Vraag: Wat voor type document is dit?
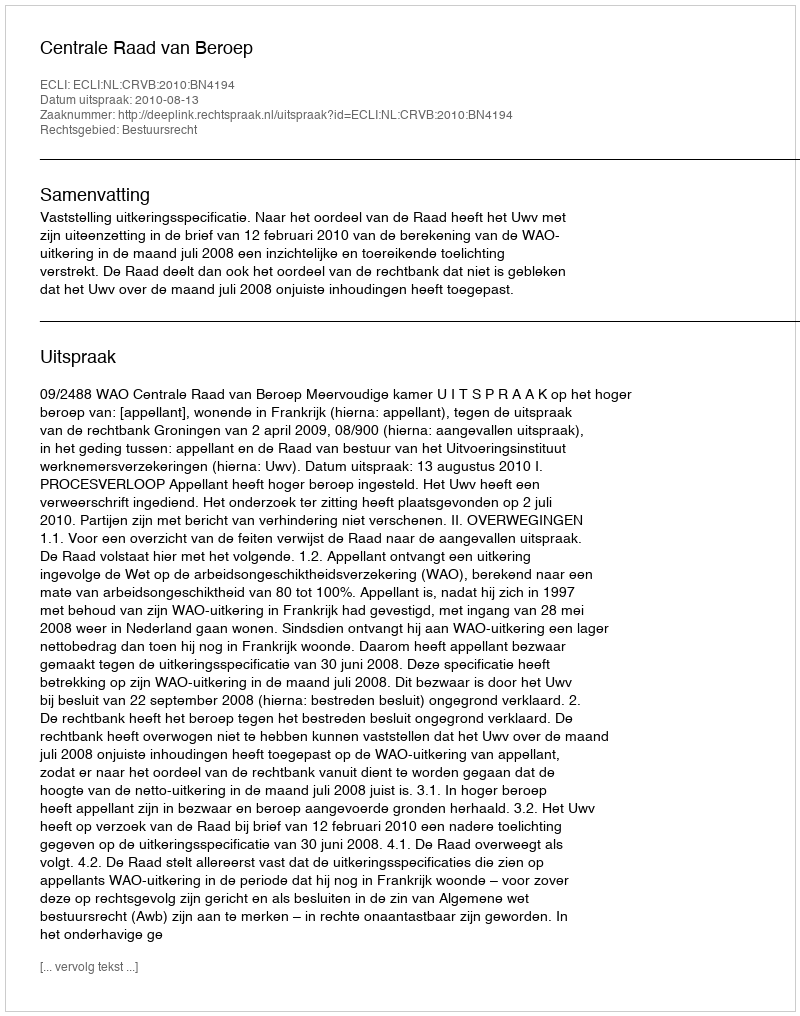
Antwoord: Uitspraak